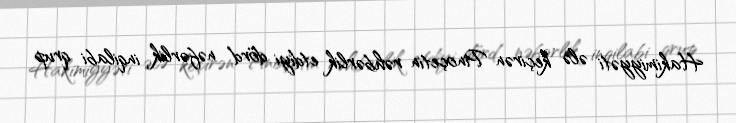
Hakimiyyəti ələ keçirən Pinoçetin rəhbərlik etdiyi dörd nəfərlik inqilabi qrup